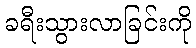
ခရီးသွားလာခြင်းကို